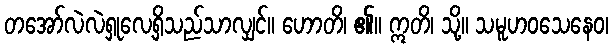
တအော်လဲလဲရှုလေ့ရှိသည်သာလျှင်။ ဟောတိ၊ ၏။ ဣတိ၊ သို့။ သမူဟဝသေနေဝ၊